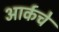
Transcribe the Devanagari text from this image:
आर्कचे